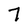
Character: 7